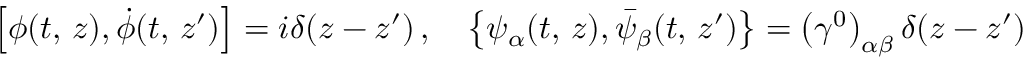
\left[ \phi ( t , \, z ) , \dot { \phi } ( t , \, z ^ { \prime } ) \right] = i \delta ( z - z ^ { \prime } ) \, , \quad \left\{ \psi _ { \alpha } ( t , \, z ) , \bar { \psi } _ { \beta } ( t , \, z ^ { \prime } ) \right\} = \left( \gamma ^ { 0 } \right) _ { \alpha \beta } \delta ( z - z ^ { \prime } )